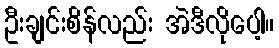
ဦးချင်းစိန်လည်း အဲဒီလိုပေါ့။